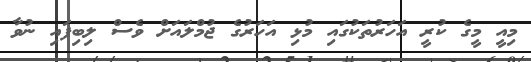
މިއީ މީގެ ކުރީ އަހަރުތަކުގައި މުޅި އަހަރުގެ ޖުމްލައަށް ވެސް ލިބިފައި ނުވާ